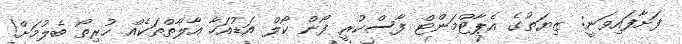
ފަށާފައިވަނީ: ޒިޔަތުގެ އެޕާޓްމަންޓް ފާސްކުރީ ފޯން ކޯލް އަޑުއަހާ އާލާތްތަކެއް ހުރިތޯ ބެލުމަށް!